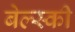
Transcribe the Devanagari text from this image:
बेल्स्की